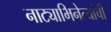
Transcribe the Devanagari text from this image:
नाट्याभिनेत्यांची